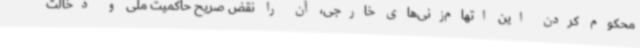
محکوم کردن این اتهام‌زنی‌های خارجی، آن را نقض صریح حاکمیت ملی و دخالت